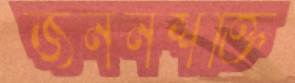
জননশক্তি